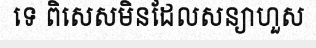
ទេ ពិសេសមិនដែលសន្យាហួស